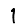
Digit: 1